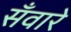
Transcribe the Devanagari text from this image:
सँवारे